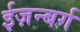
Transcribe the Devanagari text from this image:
ईज़न्बर्ग